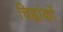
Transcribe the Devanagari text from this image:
चिह्नांकों